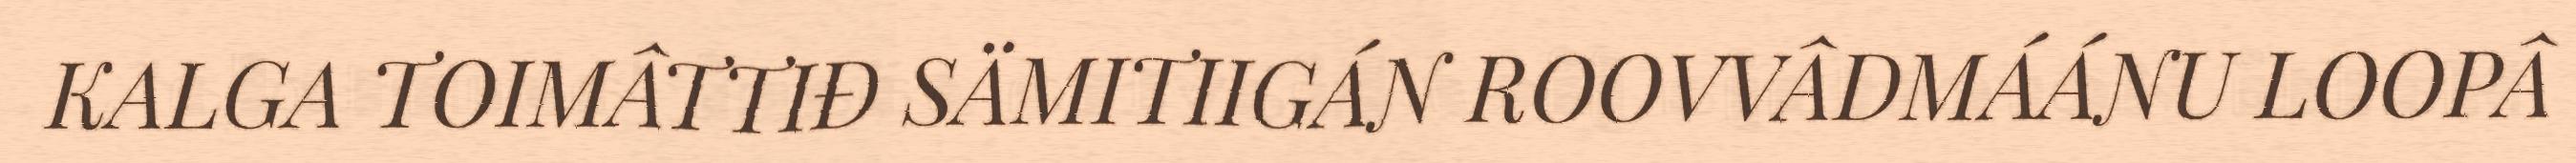
KALGA TOIMÂTTIĐ SÄMITIIGÁN ROOVVÂDMÁÁNU LOOPÂ